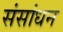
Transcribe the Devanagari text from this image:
संसांधन